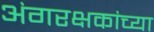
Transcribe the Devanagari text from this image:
अंगरक्षकांच्या